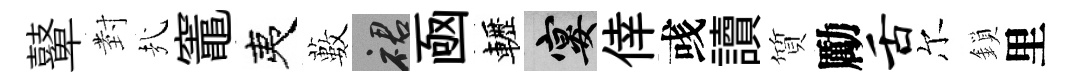
鼙𭔹㢤竈夷藪裙凾轣宴倖彧讀質勵舌尔鎖里